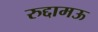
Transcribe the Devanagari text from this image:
रुद्दामऊ